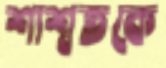
শাশ্বতকে